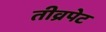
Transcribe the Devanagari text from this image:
तीव्रपेट